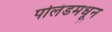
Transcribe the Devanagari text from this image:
पोलंडमधून